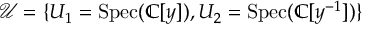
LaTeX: { \mathcal { U } } = \{ U _ { 1 } = { \mathrm { S p e c } } ( \mathbb { C } [ y ] ) , U _ { 2 } = { \mathrm { S p e c } } ( \mathbb { C } [ y ^ { - 1 } ] ) \}